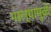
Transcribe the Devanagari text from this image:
भरल्यामुळे